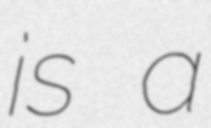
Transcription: is a